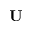
{ \mathbf U }